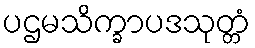
ပဌမသိက္ခာပဒသုတ္တံ